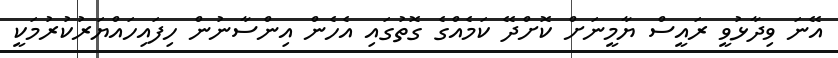
އޭނަ ވިދާޅުވީ ރައީސް ޔާމީނަށް ކޮށްދޭ ކަމެއްގެ ގޮތުގައި އެހެން އިންސާނުން ހިފައިހައްޔަރުކުރުމަކީ